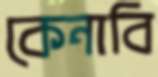
কেনাবি